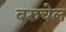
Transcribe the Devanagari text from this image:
बरुचेल